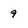
Character: 9